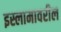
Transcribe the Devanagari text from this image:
इस्लामावरील